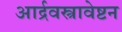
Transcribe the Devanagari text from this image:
आर्द्रवस्त्रावेष्टन